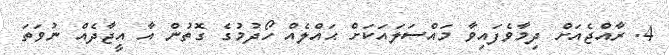
4. ރާއްޖެއަށް ދިމާވެފައިވާ މައްސަލައަކަށް ޙައްލެއް ހޯދުމުގެ ގޮތުން އާ އީޖާދެއް ނުވަތަ